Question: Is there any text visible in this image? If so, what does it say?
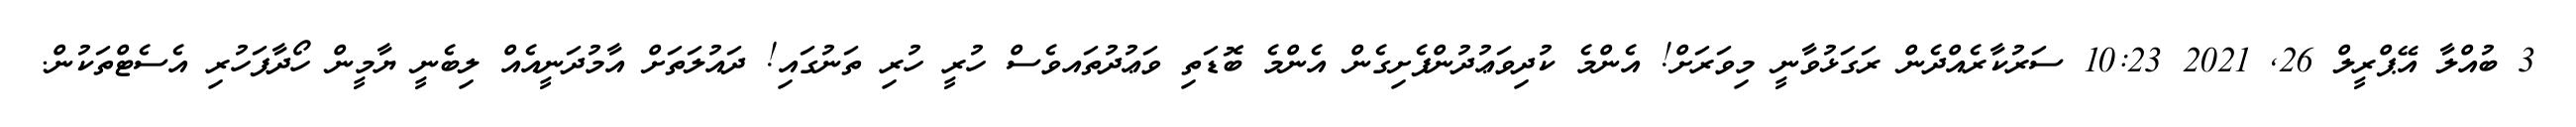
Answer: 3 ބުއްލާ އޭޕްރީލް 26, 2021 10:23 ސަރުކާރެއްދެން ރަގަޅުވާނީ މިވަރަށް! އެންމެ ކުދިވަޢުދުންފެށިގެން އެންމެ ބޮޑަތި ވަޢުދުތައވެސް ހުރީ ހުރި ތަނުގައި! ދައުލަތަށް އާމުދަނީއެއް ލިބެނީ ޔާމީން ހޯދާފަހުރި އެސެޓްތަކުން.